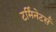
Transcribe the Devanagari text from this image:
टर्मिनेटर्स